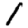
Digit: 1